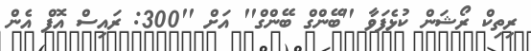
ރިތިކް ރޯޝަން ކުޅެފަވާ ''ބޭންގް ބޭންގް'' އަށް ''300: ރައިސް އޮފް އެން